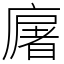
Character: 廜